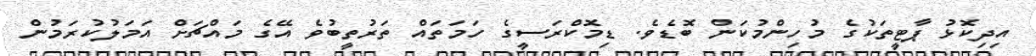
އިދިކޮޅު ޕާޓީތަކުގެ މުހިންމުކަން ބޮޑެވެ. ޑިމޮކްރަސީގެ ހަމަތައް ތަރުތީބުވެ އޭގެ މައްޗަށް އަމަލުކުރަމުން